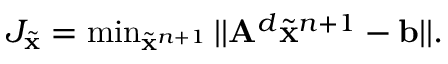
\begin{array} { r } { J _ { \tilde { \mathbf { x } } } = \operatorname* { m i n } _ { \tilde { \mathbf { x } } ^ { n + 1 } } | | \mathbf { A } ^ { d } \tilde { \mathbf { x } } ^ { n + 1 } - \mathbf { b } | | . } \end{array}